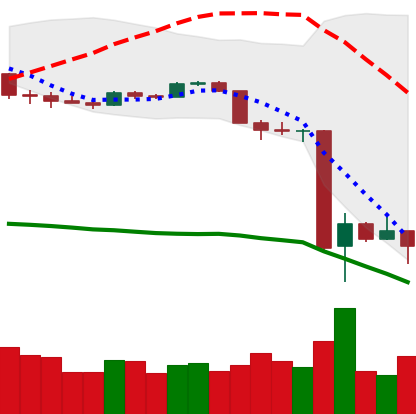
Ticker: BTC-USD
Chart end date: 2020-03-16
Forward return: 23.344%
Label: up_7plus